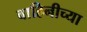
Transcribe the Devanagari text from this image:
बाहिनीच्या